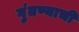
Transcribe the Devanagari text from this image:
गुंतण्याची